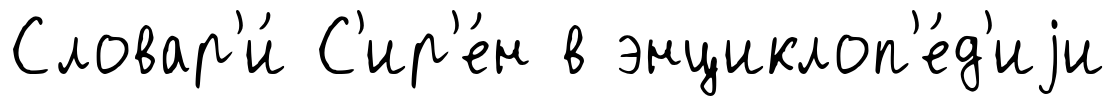
Словар'и́ С'ир'е́н в энциклоп'е́д'иjи